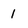
Character: 1